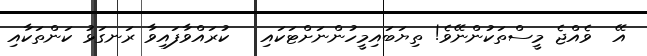
އޭ  ވެއްޖެ މީސްތަކުންނޭވެ! ތިޔަބައިމީހުންނަށްޓަކައި   ކުރައްވާފައިވާ ރަނގަޅު ކަންތަކާއި